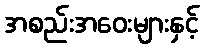
အစည်းအဝေးများနှင့်